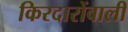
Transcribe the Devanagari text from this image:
किरदारोंवाली